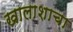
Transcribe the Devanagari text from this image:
खालाशाचा